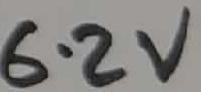
Text: 6.3V